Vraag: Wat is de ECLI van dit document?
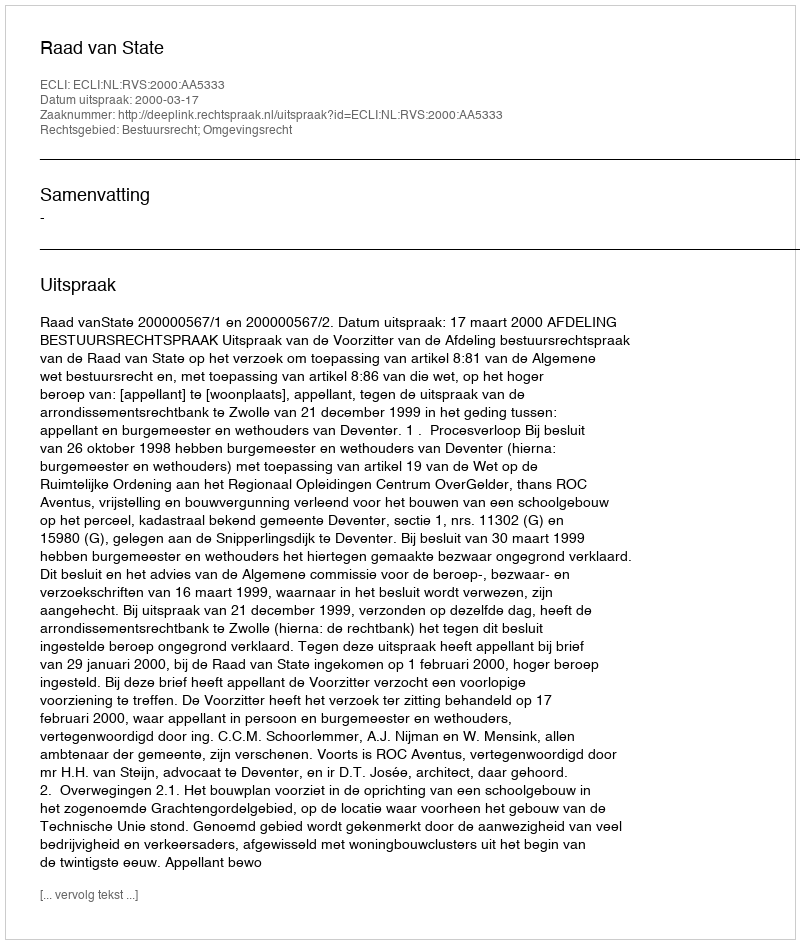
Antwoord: ECLI:NL:RVS:2000:AA5333